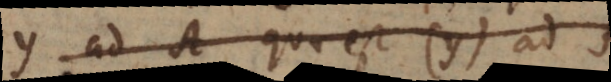
y a A quae est (y) ad A,